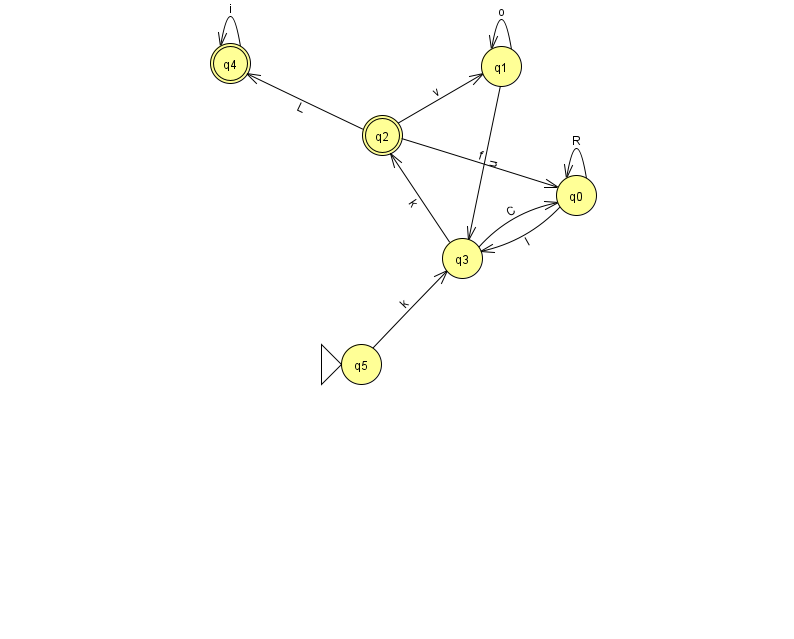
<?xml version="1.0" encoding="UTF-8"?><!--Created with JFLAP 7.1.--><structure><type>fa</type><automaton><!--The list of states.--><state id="0" name="q0"><x>576.0</x><y>182.0</y></state><state id="1" name="q1"><x>501.0</x><y>53.0</y></state><state id="2" name="q2"><x>382.0</x><y>122.0</y><final/></state><state id="3" name="q3"><x>462.0</x><y>245.0</y></state><state id="4" name="q4"><x>230.0</x><y>50.0</y><final/></state><state id="5" name="q5"><x>361.0</x><y>351.0</y><initial/></state><!--The list of transitions.--><transition><from>0</from><to>3</to><read>I</read></transition><transition><from>5</from><to>3</to><read>k</read></transition><transition><from>0</from><to>0</to><read>R</read></transition><transition><from>1</from><to>3</to><read>u</read></transition><transition><from>2</from><to>1</to><read>v</read></transition><transition><from>3</from><to>2</to><read>k</read></transition><transition><from>4</from><to>4</to><read>i</read></transition><transition><from>2</from><to>4</to><read>L</read></transition><transition><from>3</from><to>0</to><read>C</read></transition><transition><from>2</from><to>0</to><read>f</read></transition><transition><from>1</from><to>1</to><read>o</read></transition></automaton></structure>